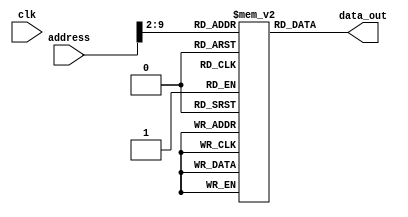
module instruction_memory (address,data_out,clk);

parameter length = 256;
parameter width = 32;

input clk;
input [width-1:0] address;
output [width-1:0] data_out;
reg [width-1:0] mem [length-1:0];

assign data_out = mem [address>>2];

//$readmemh("inst.mem", mem);
endmodule